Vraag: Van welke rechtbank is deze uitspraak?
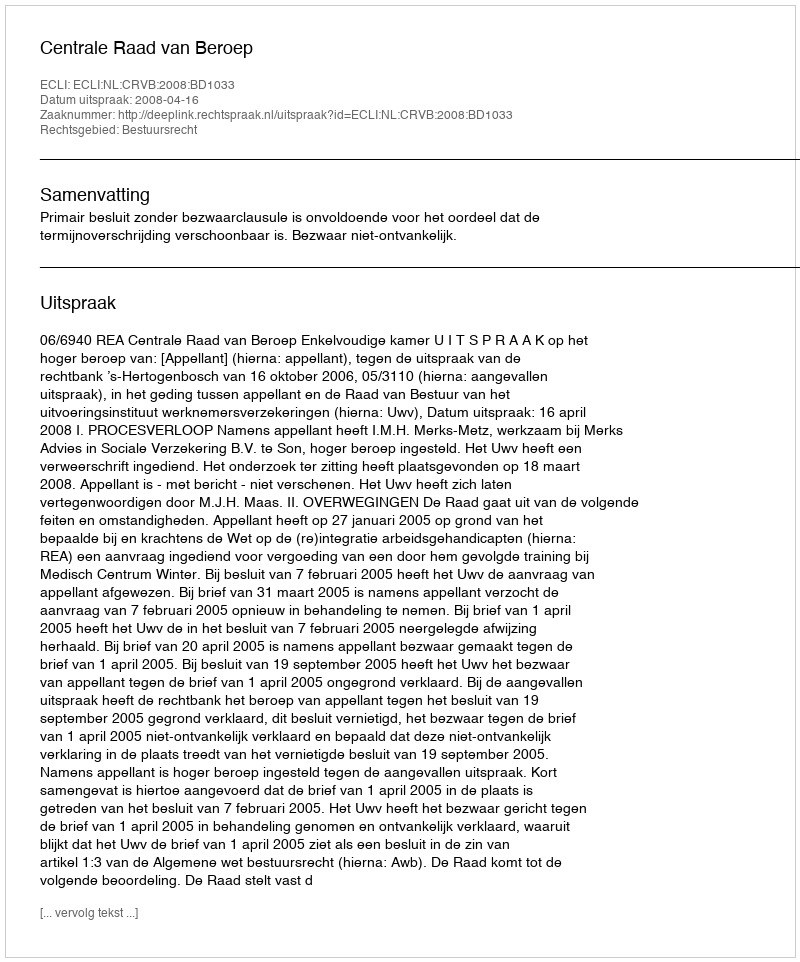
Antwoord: Centrale Raad van Beroep